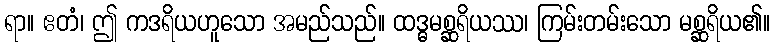
ရာ။ ဧတံ၊ ဤ ကဒရိယဟူသော အမည်သည်။ ထဒ္ဓမစ္ဆရိယဿ၊ ကြမ်းတမ်းသော မစ္ဆရိယ၏။